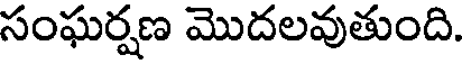
సంఘర్షణ మొదలవుతుంది.